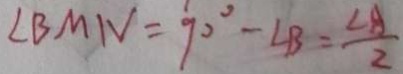
\angle B M N = 9 0 ^ { \circ } - \angle B = \frac { \angle A } { 2 }